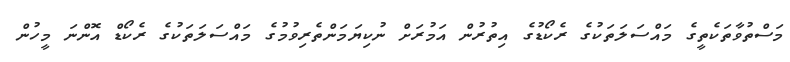
މަސްތުވާތަކެތީގެ މައްސަލަތަކުގެ ރެކޯޑުގެ އިތުރުން އަމުރަށް ނުކިޔަމަންތެރިވުމުގެ މައްސަލަތަކުގެ ރެކޯޑް އޮންނަ މީހުން